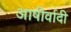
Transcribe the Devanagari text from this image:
आषीर्वादी